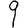
Digit: 9